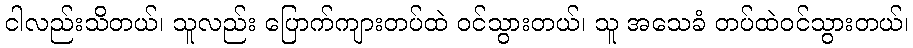
ငါလည်းသိတယ်၊ သူလည်း ပြောက်ကျားတပ်ထဲ ဝင်သွားတယ်၊ သူ အသေခံ တပ်ထဲဝင်သွားတယ်၊